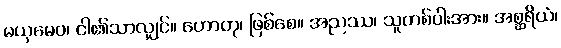
မယှမေဝ၊ ငါ၏သာလျှင်။ ဟောတု၊ ဖြစ်စေ။ အညဿ၊ သူတစ်ပါးအား။ အစ္ဆရိယံ၊